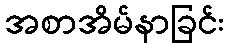
အစာအိမ်နာခြင်း